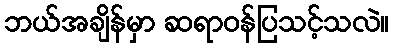
ဘယ်အချိန်မှာ ဆရာဝန်ပြသင့်သလဲ။